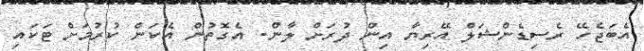
އެބަޖެހޭ ރެސިޑެންޝަލް އޭރިޔާ އިން ދުރަށް ލާން. އެގޮތުން އެކަން ކުރުމަށް ޓަކައި